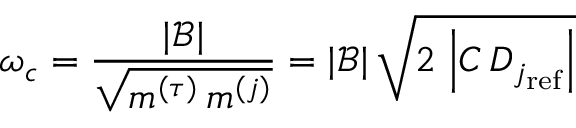
\omega _ { c } = \frac { | \mathcal { B } | } { \sqrt { m ^ { ( \tau ) } \, m ^ { ( j ) } } } = | \mathcal { B } | \, \sqrt { 2 \, \left| C \, D _ { j _ { \mathrm { r e f } } } \right| }